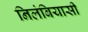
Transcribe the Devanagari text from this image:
निलंबियासी